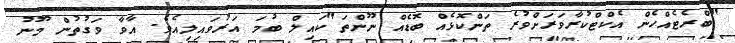
"ބްރެޓެއްހެން އެކްޓްކުރާވަރަށްވުރެ ތަންކޮޅެއް ބޮޑެއް ނޫންތަ"ކައިލް ބުމަ އަރުވައިލިއެވެ. އާވާ ވަގުތުން މޫނު